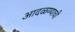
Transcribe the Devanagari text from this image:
आदळण्याची